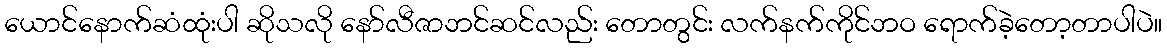
ယောင်နောက်ဆံထုံးပါ ဆိုသလို နော်လီဇာဘင်ဆင်လည်း တောတွင်း လက်နက်ကိုင်ဘဝ ရောက်ခဲ့တော့တာပါပဲ။